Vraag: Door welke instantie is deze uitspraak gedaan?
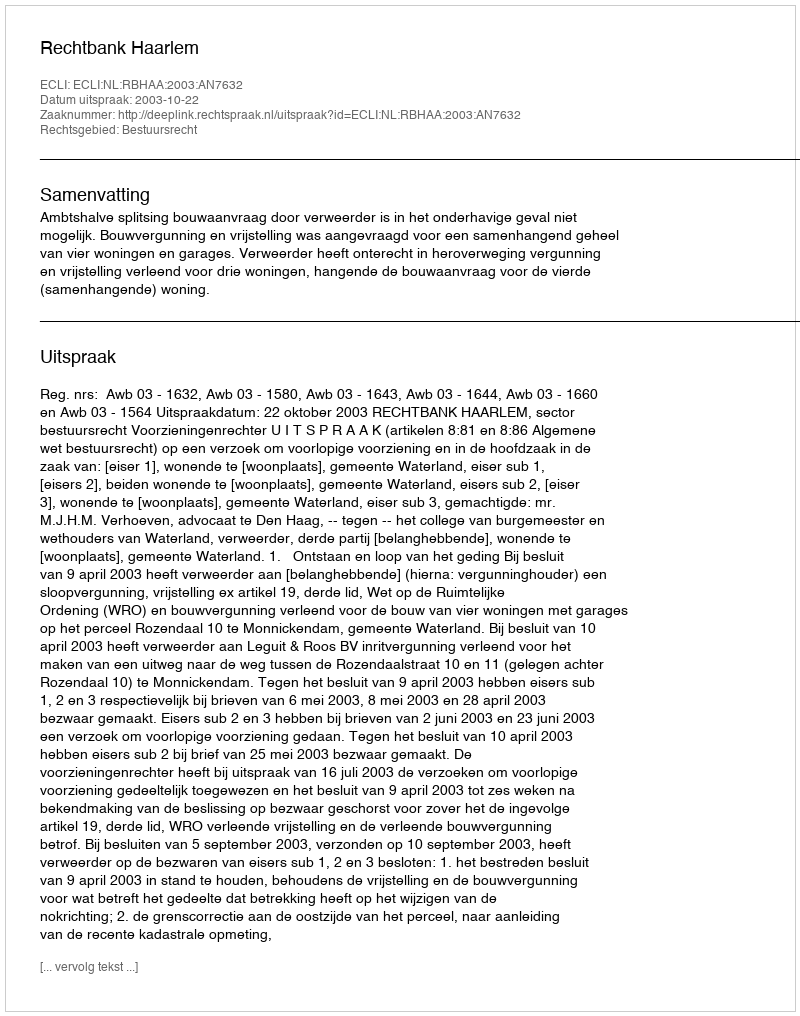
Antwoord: Rechtbank Haarlem